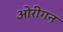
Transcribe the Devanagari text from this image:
ओरीगन